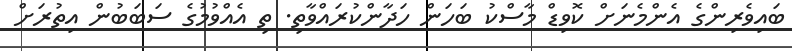
ބައިވެރިންގެ އެންމެނަށް ކޮވިޑް މާސްކު ބަހަން ހަދާންކުރައްވާތި. ތި އެއްވުމުގެ ސަބަބުން އިތުރަށް